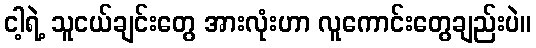
ငါ့ရဲ့ သူငယ်ချင်းတွေ အားလုံးဟာ လူကောင်းတွေချည်းပဲ။